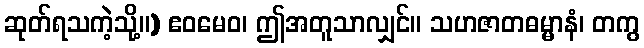
ဆုတ်ရသကဲ့သို့။) ဧဝမေဝ၊ ဤအတူသာလျှင်။ သဟဇာတဓမ္မာနံ၊ တကွ